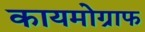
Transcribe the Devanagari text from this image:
कायमोग्राफ